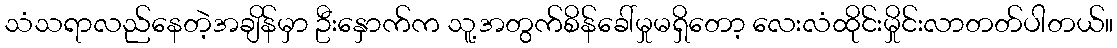
သံသရာလည်နေတဲ့အချိန်မှာ ဦးနှောက်က သူ့အတွက်စိန်ခေါ်မှုမရှိတော့ လေးလံထိုင်းမှိုင်းလာတတ်ပါတယ်။